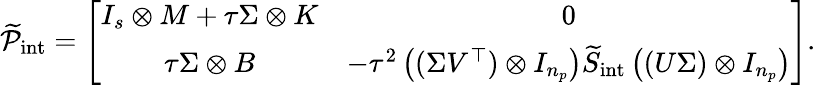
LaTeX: \widetilde{\mathcal{P}}_{\mathrm{int}}=\left[\begin{array}{cc}{I_{s}\otimes M+\tau\Sigma\otimes K}&{0}\\ {\tau\Sigma\otimes B}&{-\tau^{2}\left((\Sigma V^{\top})\otimes I_{n_{p}}\right)\widetilde{S}_{\mathrm{int}}\left((U\Sigma)\otimes I_{n_{p}}\right)}\end{array}\right].